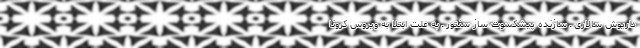
داریوش سالاری ـ سازنده پیشکسوت ساز سنتور ـ به علت ابتلا به ویروس کرونا